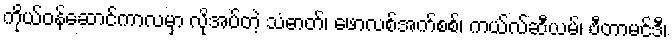
ကိုယ်ဝန်ဆောင်ကာလမှာ လိုအပ်တဲ့ သံဓာတ်၊ ဖောလစ်အက်စစ်၊ ကယ်လ်ဆီယမ်၊ ဗီတာမင်ဒီ၊